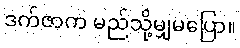
ဒက်ဇာက မည်သို့မျှမပြော။